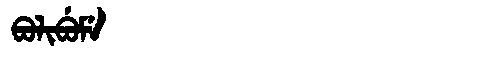
Manchu: ᠪᠣᠯᡳᠪᡠᠮᡝ
Romanization: BOLIBUME